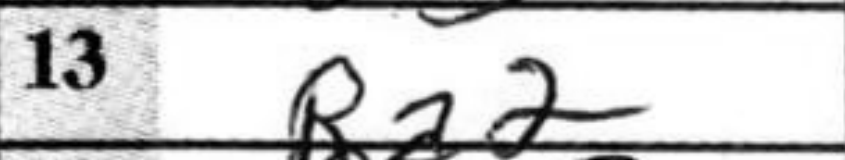
Transcription: Ra2